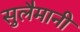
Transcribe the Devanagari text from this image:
सुलैमानी